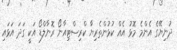
ދުނިޔޭގެ އެންމެ މޮޅު އެއް ކުޅުންތެރިޔާ ކްރިސްޓިއާނޯ ރޮނާލްޑޯ އަކީ ގަދަ އަޅައި